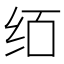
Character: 𰬄